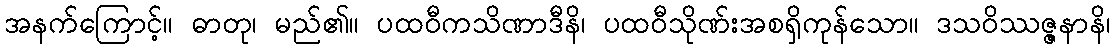
အနက်ကြောင့်။ ဓာတု၊ မည်၏။ ပထဝီကသိဏာဒီနိ၊ ပထဝီသိုဏ်းအစရှိကုန်သော။ ဒသဝိဿဇ္ဇနာနိ၊